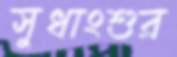
সুধাংশুর